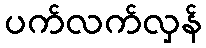
ပက်လက်လှန်